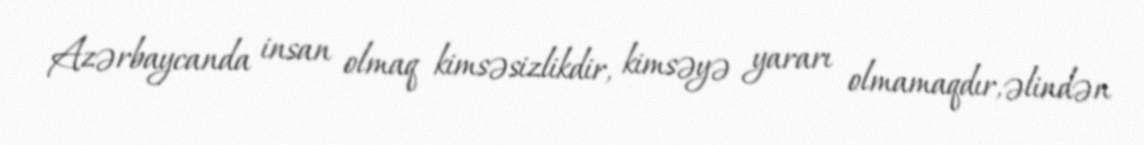
Azərbaycanda insan olmaq kimsəsizlikdir, kimsəyə yararı olmamaqdır, əlindən